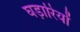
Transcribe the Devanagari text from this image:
घड़ारियों